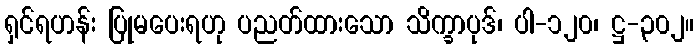
ရှင်ရဟန်း ပြုမပေးရဟု ပညတ်ထားသော သိက္ခာပုဒ်၊ ပါ-၁၂၀၊ ဋ္ဌ-၃၀၂။